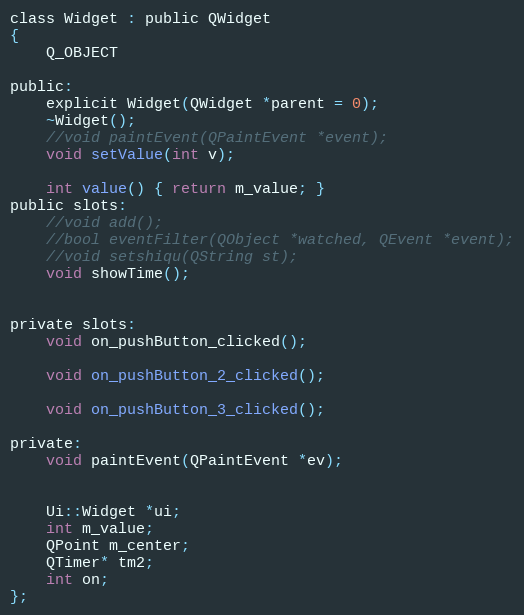
Language: C
class Widget : public QWidget
{
    Q_OBJECT

public:
    explicit Widget(QWidget *parent = 0);
    ~Widget();
    //void paintEvent(QPaintEvent *event);
    void setValue(int v);

    int value() { return m_value; }
public slots:
    //void add();
    //bool eventFilter(QObject *watched, QEvent *event);
    //void setshiqu(QString st);
    void showTime();

private slots:
    void on_pushButton_clicked();

    void on_pushButton_2_clicked();

    void on_pushButton_3_clicked();

private:
    void paintEvent(QPaintEvent *ev);

    Ui::Widget *ui;
    int m_value;
    QPoint m_center;
    QTimer* tm2;
    int on;
};